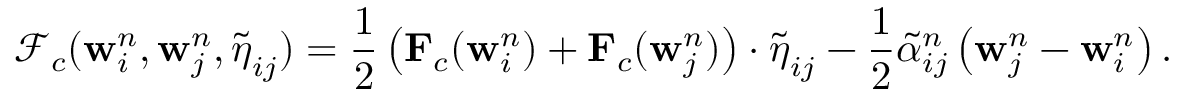
\mathcal { F } _ { c } ( \mathbf { w } _ { i } ^ { n } , \mathbf { w } _ { j } ^ { n } , \widetilde { \boldsymbol { \eta } } _ { i j } ) = \displaystyle \frac { 1 } { 2 } \left( \mathbf { F } _ { c } ( \mathbf { w } _ { i } ^ { n } ) + \mathbf { F } _ { c } ( \mathbf { w } _ { j } ^ { n } ) \right) \cdot \widetilde { \boldsymbol { \eta } } _ { i j } - \frac { 1 } { 2 } \widetilde { \alpha } _ { i j } ^ { n } \left( \mathbf { w } _ { j } ^ { n } - \mathbf { w } _ { i } ^ { n } \right) .